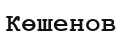
Көшенов